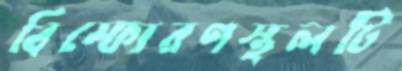
বিস্ফোরণস্থলটি